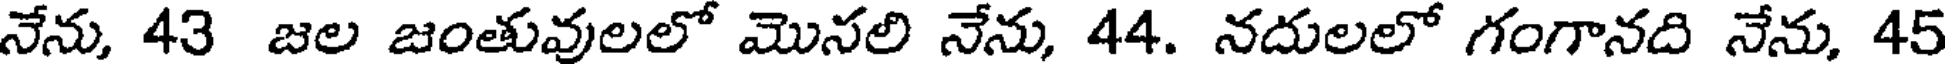
నేను, 43 జల జంతువులలో మొనలి నేను, 44. నదులలో గంగానది నేను, 45